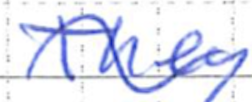
Text: They
Cross-out: wave
Writing tool: ballpoint